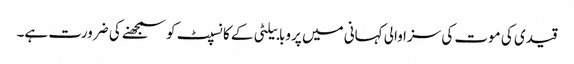
قیدی کی موت کی سزا والی کہانی میں پروبابیلٹی کے کانسپٹ کو سمجھنے کی ضرورت ہے۔